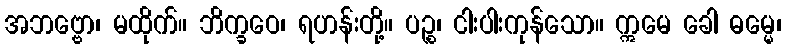
အဘဗ္ဗော၊ မထိုက်။ ဘိက္ခဝေ၊ ရဟန်းတို့။ ပဉ္စ၊ ငါးပါးကုန်သော။ ဣမေ ခေါ ဓမ္မေ၊